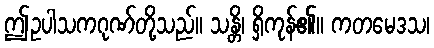
ဤဥပါသကဂုဏ်တို့သည်။ သန္တိ၊ ရှိကုန်၏။ ကတမေဒသ၊